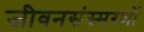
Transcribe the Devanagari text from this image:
जीवनसंस्मरणों